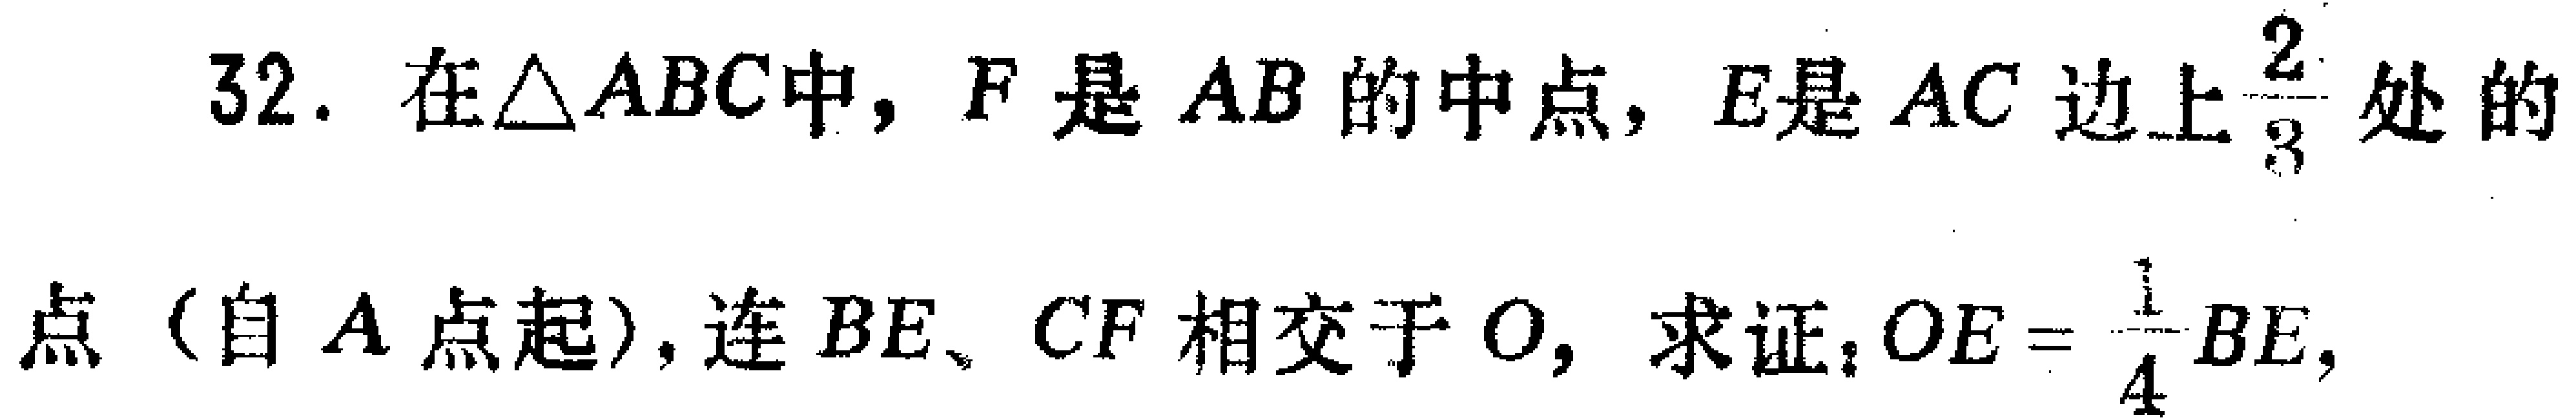
32. 在$\triangle ABC$中，$F$是$AB$的中点，$E$是$AC$边上$\frac{2}{3}$处的点（自$A$点起），连$BE$、$CF$相交于$O$，求证：$OE = \frac{1}{4}BE$，